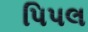
પિપલ